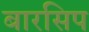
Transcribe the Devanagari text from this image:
बारसिप